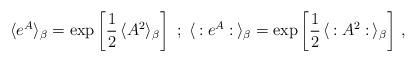
LaTeX: \begin{align*}\langle e^A \rangle_{\beta} = \exp \left[ \frac{1}{2} \, \langle A^2\rangle_{\beta} \right] \ ; \ \langle \, : e^A : \, \rangle_{\beta} =\exp \left[ \frac{1}{2} \, \langle \, : A^2 : \, \rangle_{\beta} \right] \, , \end{align*}